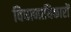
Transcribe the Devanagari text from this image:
विधानाधिकारों